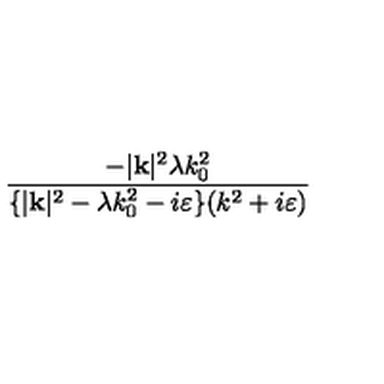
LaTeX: \frac { - | \mathbf { k } | ^ { 2 } \lambda k _ { 0 } ^ { 2 } } { \{ | \mathbf { k } | ^ { 2 } - \lambda k _ { 0 } ^ { 2 } - i \varepsilon \} ( k ^ { 2 } + i \varepsilon ) }